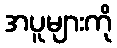
အပူများကို